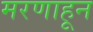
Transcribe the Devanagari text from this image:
मरणाहून